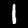
Digit: 1